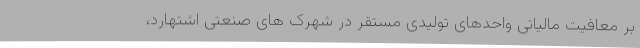
بر معافیت مالیاتی واحدهای تولیدی مستقر در شهرک های صنعتی اشتهارد،